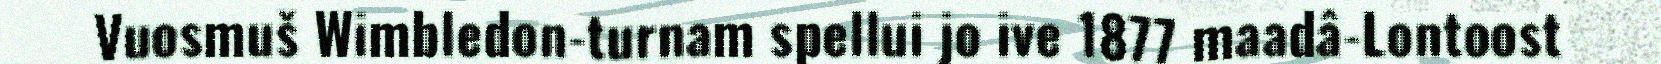
Vuosmuš Wimbledon-turnam spellui jo ive 1877 maadâ-Lontoost